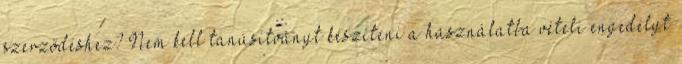
szerződéshez? Nem kell tanúsítványt készíteni a használatba vételi engedélyt